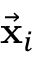
\vec { \bf x } _ { i }